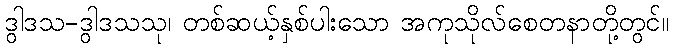
ဒွါဒသ-ဒွါဒသသု၊ တစ်ဆယ့်နှစ်ပါးသော အကုသိုလ်စေတနာတို့တွင်။